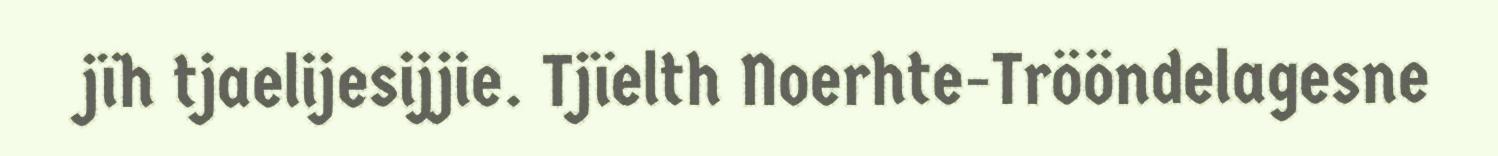
jïh tjaelijesijjie. Tjïelth Noerhte-Trööndelagesne